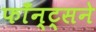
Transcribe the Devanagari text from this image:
फाँन्ट्‌सने